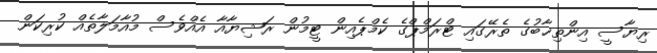
ރިޔާސީ އިންތިޚާބުގެ ތެރޭގައި ޓްރަމްޕްގެ ކެމްޕެއިން ޓީމުން ރަޝިޔާއާ އެއްވެސް މުއާމަލާތެއް ކުރިކަން